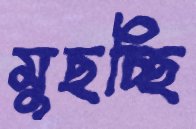
মুছচ্ছি